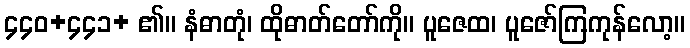
၄၄၀+၄၄၁+ ၏။ နံဓာတုံ၊ ထိုဓာတ်တော်ကို။ ပူဇေထ၊ ပူဇော်ကြကုန်လော့။